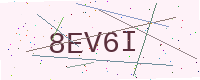
Text: 8EV6I